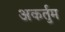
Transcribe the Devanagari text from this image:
अकर्तुम